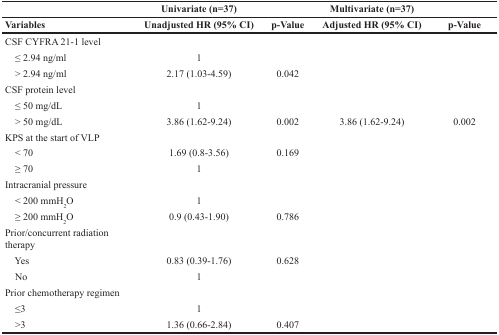
|  | Univariate (n=37) |  | Multivariate (n=37) |  |
 | --- | --- | --- | --- | --- |
 | Variables | Unadjusted HR (95% CI) | p-Value | Adjusted HR (95% CI) | p-Value |
 | CSF CYFRA 21-1 level |  |  |  |  |
 | ≤ 2.94 ng/ml | 1 |  |  |  |
 | > 2.94 ng/ml | 2.17 (1.03-4.59) | 0.042 |  |  |
 | CSF protein level |  |  |  |  |
 | ≤ 50 mg/dL | 1 |  |  |  |
 | > 50 mg/dL | 3.86 (1.62-9.24) | 0.002 | 3.86 (1.62-9.24) | 0.002 |
 | KPS at the start of VLP |  |  |  |  |
 | < 70 | 1.69 (0.8-3.56) | 0.169 |  |  |
 | ≥ 70 | 1 |  |  |  |
 | Intracranial pressure |  |  |  |  |
 | < 200 mmH2O | 1 |  |  |  |
 | ≥ 200 mmH2O | 0.9 (0.43-1.90) | 0.786 |  |  |
 | Prior/concurrent radiation therapy |  |  |  |  |
 | Yes | 0.83 (0.39-1.76) | 0.628 |  |  |
 | No | 1 |  |  |  |
 | Prior chemotherapy regimen |  |  |  |  |
 | ≤3 | 1 |  |  |  |
 | >3 | 1.36 (0.66-2.84) | 0.407 |  |  |